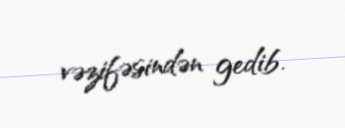
vəzifəsindən gedib.